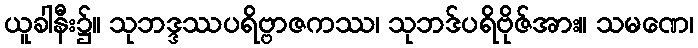
ယူခါနီး၌။ သုဘဒ္ဒဿပရိဗ္ဗာဇကဿ၊ သုဘဒ်ပရိဗိုဇ်အား။ သမဏေ၊